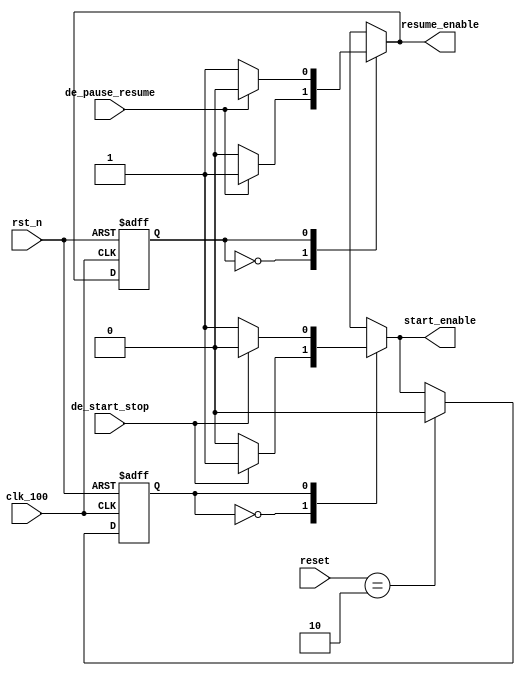

`define  STAT_stop 0
`define  STAT_start 1
`define  STAT_resume 1
`define  STAT_pause 0
`define  EN  1
`define  DIS 0



module lab7_2_state(
clk_100, 
rst_n,
de_start_stop,
de_pause_resume,
start_enable,
resume_enable,
reset
);

output reg start_enable, resume_enable; 
input clk_100; 
input rst_n;
input [2:0] reset;
input de_start_stop, de_pause_resume;
reg state1,state2; 
reg next_state1,next_state2; 


always @(posedge clk_100 or negedge rst_n)
 if (~rst_n)
 state1 <= `STAT_stop;
 else if (reset == 3'd2) 
 state1 <= `STAT_stop;
 else
 state1 <= next_state1;
 

always @*
 case (state1)
 `STAT_stop:
      if (de_start_stop)
      begin
      next_state1 = `STAT_start;
      start_enable = `EN;
      end
      else
      begin
      next_state1 = `STAT_stop;
      start_enable = `DIS;
      end
 `STAT_start:
      if (de_start_stop)
      begin
      next_state1 = `STAT_stop;
      start_enable = `DIS;
      end
      else
      begin
      next_state1 = `STAT_start;
      start_enable = `EN;
      end default:
      begin
      next_state1 = `STAT_start;
      start_enable = `EN;
      end
endcase


always @(posedge clk_100 or negedge rst_n)
 if (~rst_n)
 state2 <= `STAT_resume;
 else
 state2 <= next_state2;
 

always @*
 case (state2)
 `STAT_pause:
      if (de_pause_resume)
      begin
      next_state2 = `STAT_resume;
      resume_enable = `EN;
      end
      else
      begin
      next_state2 = `STAT_pause;
      resume_enable = `DIS;
      end
 `STAT_resume:
      if (de_pause_resume)
      begin
      next_state2 = `STAT_pause;
      resume_enable = `DIS;
      end
      else
      begin
      next_state2 = `STAT_resume;
      resume_enable = `EN;
      end default:
      begin
      next_state2 = `STAT_resume;
      resume_enable = `EN;
      end
endcase

endmodule